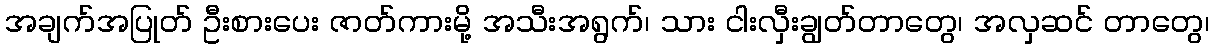
အချက်အပြုတ် ဦးစားပေး ဇာတ်ကားမို့ အသီးအရွက်၊ သား ငါးလှီးချွတ်တာတွေ၊ အလှဆင် တာတွေ၊